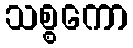
သစ္စကော